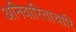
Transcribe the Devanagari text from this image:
अनिवारिताचारि